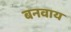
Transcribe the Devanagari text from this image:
बनवाय